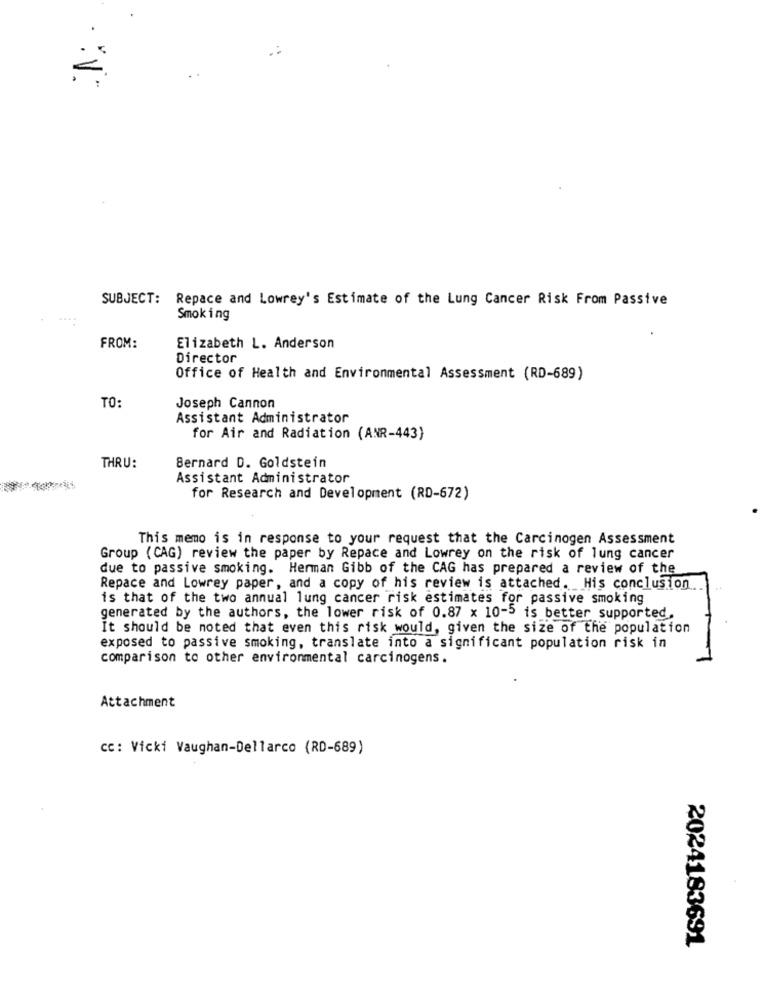
..
SUBJECT:
Repace and Lowrey's Estimate of the Lung Cancer Risk From Passive
Smoking
FROM:
Elizabeth L. Anderson
Director
Office of Health and Environmental Assessment (RD-689)
TO:
Joseph Cannon
Assistant Administrator
for Air and Radiation (ANR-443)
Bernard D. Goldstein
THRU:
Assistant Administrator
for Research and Development (RD-672)
This memo is in response to your request that the Carcinogen Assessment
Group (CAG) review the paper by Repace and Lowrey on the risk of lung cancer
due to passive smoking. Herman Gibb of the CAG has prepared a review of the
Repace and Lowrey paper, and a copy of his review is attached. His conclusion
is that of the two annual lung cancer risk estimates for passive smoking
generated by the authors, the lower risk of 0.87 x 10-5 is better supported
It should be noted that even this risk would, given the size of the population
exposed to passive smoking, translate into a significant population risk in
comparison to other environmental carcinogens.
Attachment
CC: Vicki Vaughan-Dellarco (RD-689)
2024183691